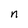
Character: n